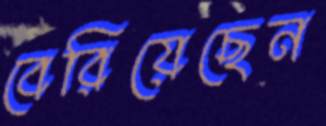
বেরিয়েছেন